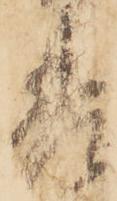
差